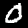
Digit: 0